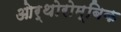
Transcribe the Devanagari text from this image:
ओर्थोरोम्बिक